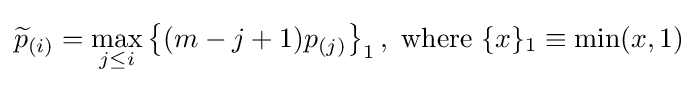
{\widetilde {p}}_{(i)}=\max _{j\leq i}\left\{(m-j+1)p_{(j)}\right\}_{1},{\text{ where }}\{x\}_{1}\equiv \min(x,1)